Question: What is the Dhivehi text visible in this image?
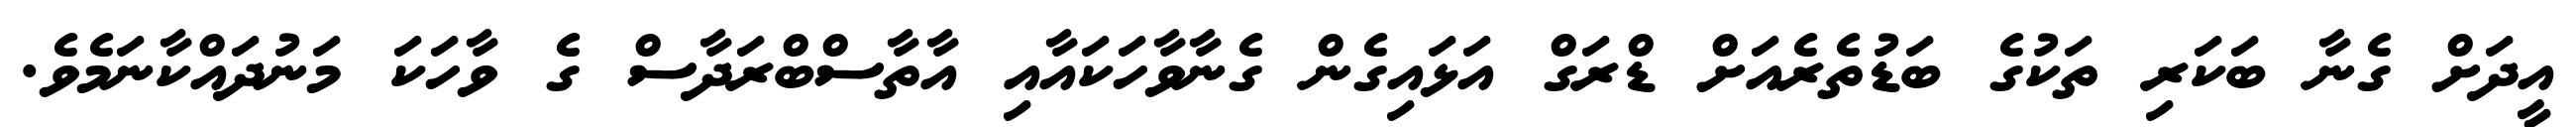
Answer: އީދަށް ގެނާ ބަކަރި ތަކުގެ ބަޑުތެރެއަށް ޑްރަގް އަޅައިގެން ގެނާވާހަކައާއި އާތާސްބްރަދާސް ގެ ވާހަކަ މަނުދައްކާނަމެވެ.